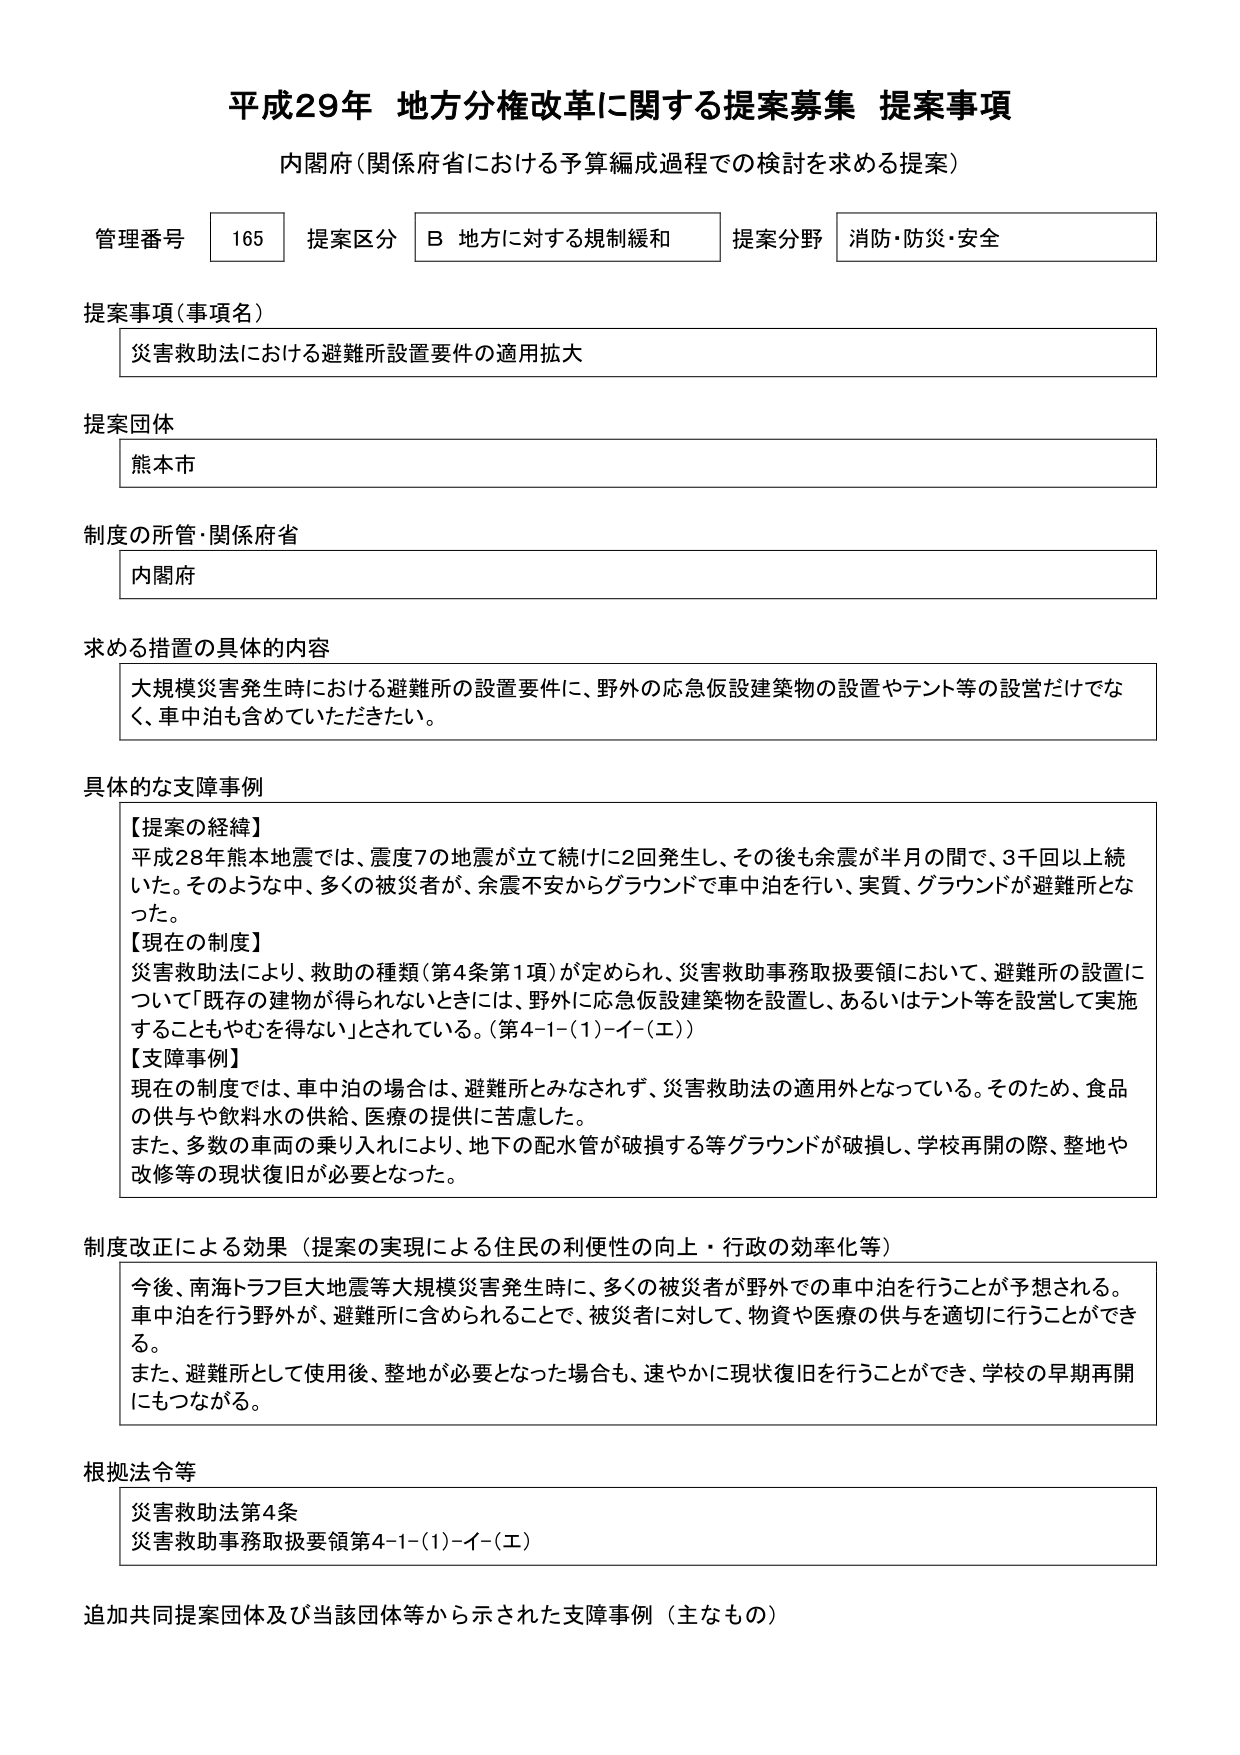
平成29年 地方分権改革に関する提案募集 提案事項
内閣府（関係府省における予算編成過程での検討を求める提案）

管理番号 165 提案区分 B 地方に対する規制緩和 提案分野 消防・防災・安全

提案事項（事項名）
災害救助法における避難所設置要件の適用拡大

提案団体
熊本市

制度の所管・関係府省
内閣府

求める措置の具体的内容
大規模災害発生時における避難所の設置要件に、野外の応急仮設建築物の設置やテント等の設営だけでなく、車中泊も含めていただきたい。

具体的な支障事例
【提案の経緯】
平成28年熊本地震では、震度7の地震が立て続けに2回発生し、その後も余震が半月の間で、3千回以上続いた。そのような中、多くの被災者が、余震不安からグラウンドで車中泊を行い、実質、グラウンドが避難所となった。
【現在の制度】
災害救助法により、救助の種類（第4条第1項）が定められ、災害救助事務取扱要領において、避難所の設置について「既存の建物が得られないときには、野外に応急仮設建築物を設置し、あるいはテント等を設営して実施することもやむを得ない」とされている。（第4-1-(1)-イ-(エ)）
【支障事例】
現在の制度では、車中泊の場合は、避難所とみなされず、災害救助法の適用外となっている。そのため、食品の供与や飲料水の供給、医療の提供に苦慮した。
また、多数の車両の乗り入れにより、地下の配水管が破損する等グラウンドが破損し、学校再開の際、整地や改修等の現状復旧が必要となった。

制度改正による効果（提案の実現による住民の利便性の向上・行政の効率化等）
今後、南海トラフ巨大地震等大規模災害発生時に、多くの被災者が野外での車中泊を行うことが予想される。車中泊を行う野外が、避難所に含められることで、被災者に対して、物資や医療の供与を適切に行うことができる。
また、避難所として使用後、整地が必要となった場合も、速やかに現状復旧を行うことができ、学校の早期再開にもつながる。

根拠法令等
災害救助法第4条
災害救助事務取扱要領第4-1-(1)-イ-(エ)

追加共同提案団体及び当該団体等から示された支障事例（主なもの）